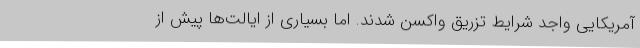
آمریکایی واجد شرایط تزریق واکسن شدند. اما بسیاری از ایالت‌ها پیش از